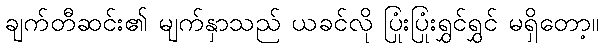
ချက်တီဆင်း၏ မျက်နှာသည် ယခင်လို ပြုံးပြုံးရွှင်ရွှင် မရှိတော့။